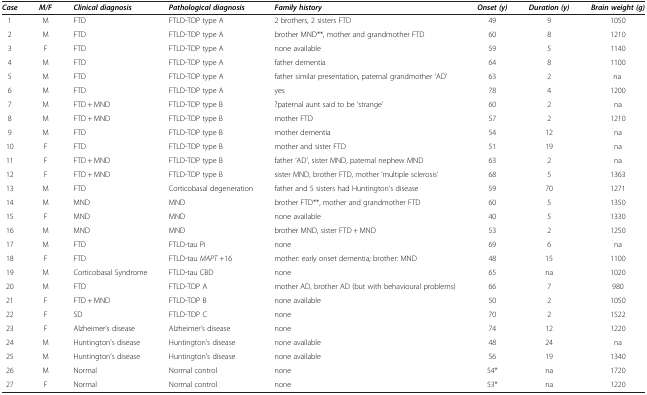
<table><thead><tr><td><b><i>Case</i></b></td><td><b><i>M/F</i></b></td><td><b><i>Clinical diagnosis</i></b></td><td><b><i>Pathological diagnosis</i></b></td><td><b><i>Family history</i></b></td><td><b><i>Onset (y)</i></b></td><td><b><i>Duration (y)</i></b></td><td><b><i>Brain weight (g)</i></b></td></tr></thead><tbody><tr><td>1</td><td>M</td><td>FTD</td><td>FTLD-TDP type A</td><td>2 brothers, 2 sisters FTD</td><td>49</td><td>9</td><td>1050</td></tr><tr><td>2</td><td>M</td><td>FTD</td><td>FTLD-TDP type A</td><td>brother MND**, mother and grandmother FTD</td><td>60</td><td>8</td><td>1210</td></tr><tr><td>3</td><td>F</td><td>FTD</td><td>FTLD-TDP type A</td><td>none available</td><td>59</td><td>5</td><td>1140</td></tr><tr><td>4</td><td>M</td><td>FTD</td><td>FTLD-TDP type A</td><td>father dementia</td><td>64</td><td>8</td><td>1100</td></tr><tr><td>5</td><td>M</td><td>FTD</td><td>FTLD-TDP type A</td><td>father similar presentation, paternal grandmother &#x27;AD’</td><td>63</td><td>2</td><td>na </td></tr><tr><td>6</td><td>M</td><td>FTD</td><td>FTLD-TDP type A</td><td>yes</td><td>78</td><td>4</td><td>1200</td></tr><tr><td>7</td><td>M</td><td>FTD + MND</td><td>FTLD-TDP type B</td><td>?paternal aunt said to be &#x27;strange’</td><td>60</td><td>2</td><td>na</td></tr><tr><td>8</td><td>M</td><td>FTD + MND</td><td>FTLD-TDP type B</td><td>mother FTD</td><td>57</td><td>2</td><td>1210</td></tr><tr><td>9</td><td>M</td><td>FTD</td><td>FTLD-TDP type B</td><td>mother dementia</td><td>54</td><td>12</td><td>na</td></tr><tr><td>10</td><td>F</td><td>FTD</td><td>FTLD-TDP type B</td><td>mother and sister FTD</td><td>51</td><td>19</td><td>na</td></tr><tr><td>11</td><td>F</td><td>FTD + MND</td><td>FTLD-TDP type B</td><td>father &#x27;AD’, sister MND, paternal nephew MND</td><td>63</td><td>2</td><td>na</td></tr><tr><td>12</td><td>F</td><td>FTD + MND</td><td>FTLD-TDP type B</td><td>sister MND, brother FTD, mother &#x27;multiple sclerosis’</td><td>68</td><td>5</td><td>1363</td></tr><tr><td>13</td><td>M</td><td>FTD</td><td>Corticobasal degeneration</td><td>father and 5 sisters had Huntington’s disease</td><td>59</td><td>70</td><td>1271</td></tr><tr><td>14</td><td>M</td><td>MND</td><td>MND</td><td>brother FTD**, mother and grandmother FTD</td><td>60</td><td>5</td><td>1350</td></tr><tr><td>15</td><td>F</td><td>MND</td><td>MND</td><td>none available</td><td>40</td><td>5</td><td>1330</td></tr><tr><td>16</td><td>M</td><td>MND</td><td>MND</td><td>brother MND, sister FTD + MND</td><td>53</td><td>2</td><td>1250</td></tr><tr><td>17</td><td>M</td><td>FTD</td><td>FTLD-tau Pi</td><td>none</td><td>69</td><td>6</td><td>na</td></tr><tr><td>18</td><td>F</td><td>FTD</td><td>FTLD-tau <i>MAPT</i> +16</td><td>mother: early onset dementia; brother: MND</td><td>48</td><td>15</td><td>1100</td></tr><tr><td>19</td><td>M</td><td>Corticobasal Syndrome</td><td>FTLD-tau CBD</td><td>none</td><td>65</td><td>na</td><td>1020</td></tr><tr><td>20</td><td>M</td><td>FTD</td><td>FTLD-TDP A</td><td>mother AD, brother AD (but with behavioural problems)</td><td>66</td><td>7</td><td>980</td></tr><tr><td>21</td><td>F</td><td>FTD + MND</td><td>FTLD-TDP B</td><td>none available</td><td>50</td><td>2</td><td>1050</td></tr><tr><td>22</td><td>F</td><td>SD</td><td>FTLD-TDP C</td><td>none</td><td>70</td><td>2</td><td>1522</td></tr><tr><td>23</td><td>F</td><td>Alzheimer’s disease</td><td>Alzheimer’s disease</td><td>none</td><td>74</td><td>12</td><td>1220</td></tr><tr><td>24</td><td>M</td><td>Huntington’s disease</td><td>Huntington’s disease</td><td>none available</td><td>48</td><td>24</td><td>na</td></tr><tr><td>25</td><td>M</td><td>Huntington’s disease</td><td>Huntington’s disease</td><td>none available</td><td>56</td><td>19</td><td>1340</td></tr><tr><td>26</td><td>M</td><td>Normal</td><td>Normal control</td><td>none</td><td>54*</td><td>na</td><td>1720</td></tr><tr><td>27</td><td>F</td><td>Normal</td><td>Normal control</td><td>none</td><td>53*</td><td>na</td><td>1220</td></tr></tbody></table>